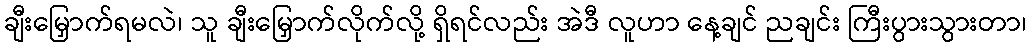
ချီးမြှောက်ရမလဲ၊ သူ ချီးမြှောက်လိုက်လို့ ရှိရင်လည်း အဲဒီ လူဟာ နေ့ချင် ညချင်း ကြီးပွားသွားတာ၊